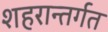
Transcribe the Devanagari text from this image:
शहरान्तर्गत